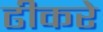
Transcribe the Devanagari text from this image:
ढीकरे